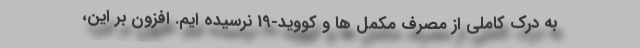
به درک کاملی از مصرف مکمل ها و کووید-19 نرسیده ایم. افزون بر این،